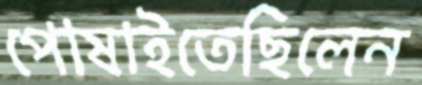
পোষাইতেছিলেন